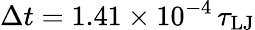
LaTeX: \Delta t=1.41\times 10^{-4}\, \tau_{\mathrm{LJ}}